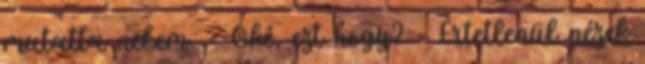
mutatta nekem. - Oké, ezt hogy? - Értetlenül nézek